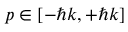
p \in [ - \hbar k , + \hbar k ]